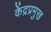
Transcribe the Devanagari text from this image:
केंद्रप्रमुख